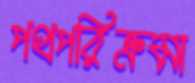
পথপরিক্রমা